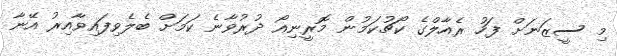
މި ސީޒަނަށް ފަހު ރެއާލްގެ ކޯޗުކަމުން މޮރީނިއޯ ދުރުވާނެ ކަމަށް ބެލެވިފައިވާއިރު އޭނާ